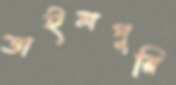
ডাইলপুরি